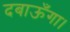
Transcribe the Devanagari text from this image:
दबाऊँगा।